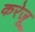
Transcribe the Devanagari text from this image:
करेजू